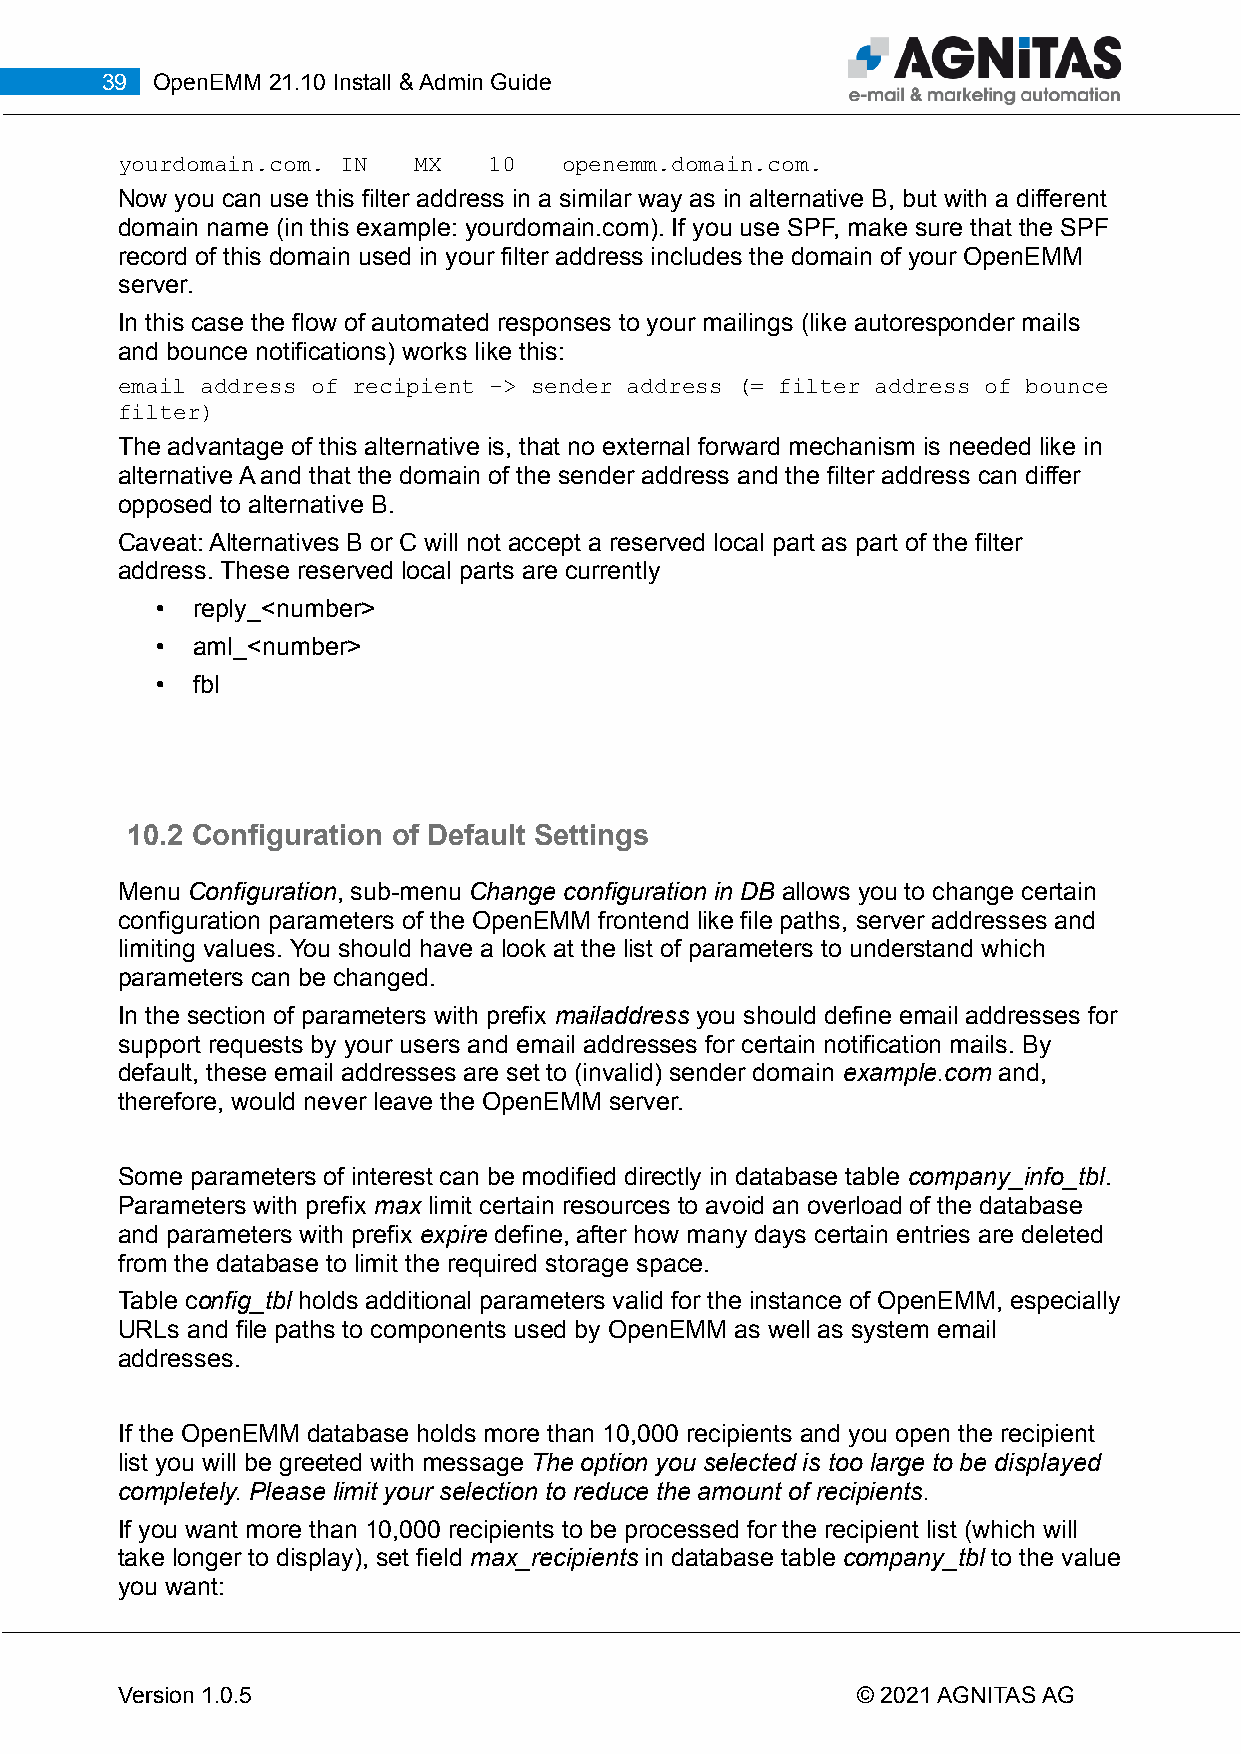
39 OpenEMM 21.10 Install & Admin Guide
 yourdomain.com. IN MX   10   openemm.domain.com.
 Now you can use this filter address in a similar way as in alternative B, but with a different
 domain name (in this example: yourdomain.com). If you use SPF, make sure that the SPF
 record of this domain used in your filter address includes the domain of your OpenEMM
 server.
 In this case the flow of automated responses to your mailings (like autoresponder mails
 and bounce notifications) works like this:
 email address of recipient -> sender address (= filter address of bounce
 filter)
 The advantage of this alternative is, that no external forward mechanism is needed like in
 alternative A and that the domain of the sender address and the filter address can differ
 opposed to alternative B.
 Caveat: Alternatives B or C will not accept a reserved local part as part of the filter
 address. These reserved local parts are currently
 •  reply_<number>
 •  aml_<number>
 •  fbl
 10.2 Configuration of Default Settings
 Menu Configuration, sub-menu Change configuration in DB allows you to change certain
 configuration parameters of the OpenEMM frontend like file paths, server addresses and
 limiting values. You should have a look at the list of parameters to understand which
 parameters can be changed.
 In the section of parameters with prefix mailaddress you should define email addresses for
 support requests by your users and email addresses for certain notification mails. By
 default, these email addresses are set to (invalid) sender domain example.com and,
 therefore, would never leave the OpenEMM server.
 Some parameters of interest can be modified directly in database table company_info_tbl.
 Parameters with prefix max limit certain resources to avoid an overload of the database
 and parameters with prefix expire define, after how many days certain entries are deleted
 from the database to limit the required storage space.
 Table config_tbl holds additional parameters valid for the instance of OpenEMM, especially
 URLs and file paths to components used by OpenEMM as well as system email
 addresses.
 If the OpenEMM database holds more than 10,000 recipients and you open the recipient
 list you will be greeted with message The option you selected is too large to be displayed
 completely. Please limit your selection to reduce the amount of recipients.
 If you want more than 10,000 recipients to be processed for the recipient list (which will
 take longer to display), set field max_recipients in database table company_tbl to the value
 you want:
 Version 1.0.5                                    © 2021 AGNITAS AG